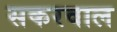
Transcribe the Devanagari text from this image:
सकरवाल